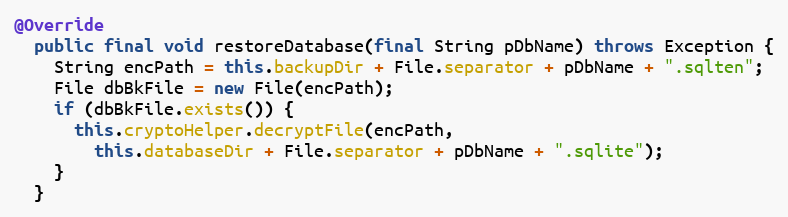
Language: Java
@Override
  public final void restoreDatabase(final String pDbName) throws Exception {
    String encPath = this.backupDir + File.separator + pDbName + ".sqlten";
    File dbBkFile = new File(encPath);
    if (dbBkFile.exists()) {
      this.cryptoHelper.decryptFile(encPath,
        this.databaseDir + File.separator + pDbName + ".sqlite");
    }
  }